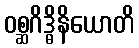
ဝစ္ဆဂိဒ္ဓိနိယောတိ